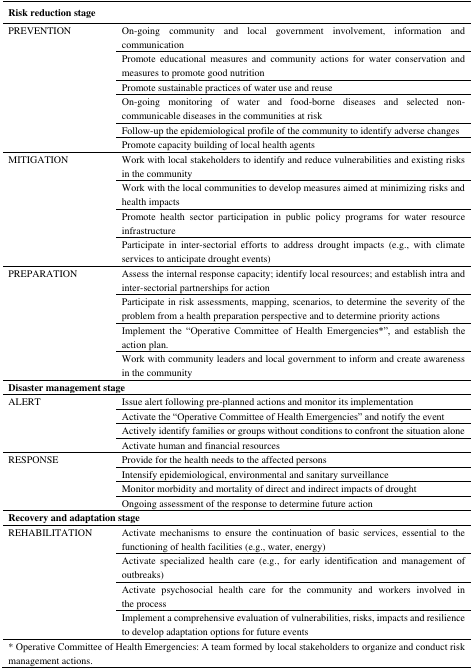
<table><thead><tr><td colspan="2"><b>Risk reduction stage</b></td></tr></thead><tbody><tr><td rowspan="6">PREVENTION</td><td>On-going community and local government involvement, information and communication</td></tr><tr><td>Promote educational measures and community actions for water conservation and measures to promote good nutrition</td></tr><tr><td>Promote sustainable practices of water use and reuse</td></tr><tr><td>On-going monitoring of water and food-borne diseases and selected non-communicable diseases in the communities at risk</td></tr><tr><td>Follow-up the epidemiological profile of the community to identify adverse changes</td></tr><tr><td>Promote capacity building of local health agents</td></tr><tr><td rowspan="4">MITIGATION</td><td>Work with local stakeholders to identify and reduce vulnerabilities and existing risks in the community</td></tr><tr><td>Work with the local communities to develop measures aimed at minimizing risks and health impacts</td></tr><tr><td>Promote health sector participation in public policy programs for water resource infrastructure</td></tr><tr><td>Participate in inter-sectorial efforts to address drought impacts (e.g., with climate services to anticipate drought events)</td></tr><tr><td rowspan="4">PREPARATION</td><td>Assess the internal response capacity; identify local resources; and establish intra and inter-sectorial partnerships for action</td></tr><tr><td>Participate in risk assessments, mapping, scenarios, to determine the severity of the problem from a health preparation perspective and to determine priority actions</td></tr><tr><td>Implement the “Operative Committee of Health Emergencies*”, and establish the action plan.</td></tr><tr><td>Work with community leaders and local government to inform and create awareness in the community </td></tr><tr><td colspan="2"><b>Disaster management stage</b></td></tr><tr><td rowspan="4">ALERT</td><td>Issue alert following pre-planned actions and monitor its implementation</td></tr><tr><td>Activate the “Operative Committee of Health Emergencies” and notify the event</td></tr><tr><td>Actively identify families or groups without conditions to confront the situation alone</td></tr><tr><td>Activate human and financial resources</td></tr><tr><td rowspan="4">RESPONSE</td><td>Provide for the health needs to the affected persons</td></tr><tr><td>Intensify epidemiological, environmental and sanitary surveillance</td></tr><tr><td>Monitor morbidity and mortality of direct and indirect impacts of drought</td></tr><tr><td>Ongoing assessment of the response to determine future action</td></tr><tr><td colspan="2"><b>Recovery and adaptation stage</b></td></tr><tr><td rowspan="4">REHABILITATION</td><td>Activate mechanisms to ensure the continuation of basic services, essential to the functioning of health facilities (e.g., water, energy)</td></tr><tr><td>Activate specialized health care (e.g., for early identification and management of outbreaks)</td></tr><tr><td>Activate psychosocial health care for the community and workers involved in the process</td></tr><tr><td>Implement a comprehensive evaluation of vulnerabilities, risks, impacts and resilience to develop adaptation options for future events</td></tr><tr><td colspan="2">* Operative Committee of Health Emergencies: A team formed by local stakeholders to organize and conduct risk management actions.</td></tr></tbody></table>